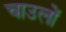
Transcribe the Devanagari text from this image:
चाउलों